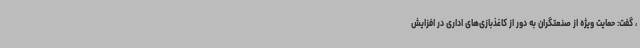
، گفت: حمایت ویژه از صنعتگران به دور از کاغذبازی‌های اداری در افزایش